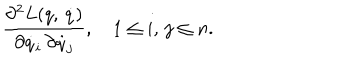
LaTeX: \frac { \partial ^ { 2 } L ( q , \, \dot { q } ) } { \partial \dot { q } _ { i } \, \partial \dot { q } _ { j } } , \quad 1 \leq i , \, j \leq n .